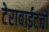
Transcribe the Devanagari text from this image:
टेराबाईटची